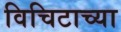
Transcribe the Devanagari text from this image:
विचिटाच्या